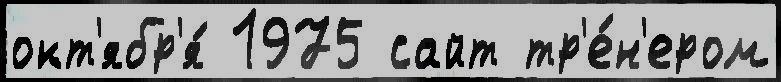
окт'ябр'я́ 1975 сайт тр'е́н'ером